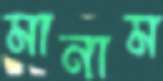
মানাম